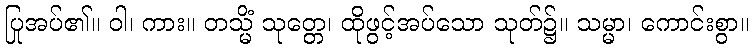
ပြုအပ်၏။ ဝါ၊ ကား။ တသ္မိံ သုတ္တေ၊ ထိုဖွင့်အပ်သော သုတ်၌။ သမ္မာ၊ ကောင်းစွာ။